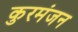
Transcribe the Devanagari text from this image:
कुरमंजन